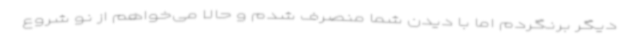
دیگر برنگردم اما با دیدن شما منصرف شدم و حالا می‌خواهم از نو شروع